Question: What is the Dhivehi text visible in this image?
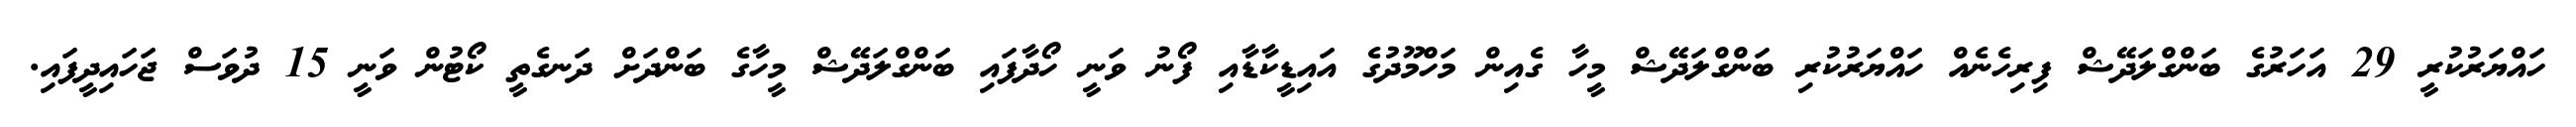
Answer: ހައްޔަރުކުރީ 29 އަހަރުގެ ބަންގްލަދޭޝް ފިރިހެނެއް ހައްޔަރުކުރި ބަންގްލަދޭޝް މީހާ ގެއިން މަހްމޫދުގެ އައިޑީކާޑާއި ފޯނު ވަނީ ހޯދާފައި ބަންގްލަދޭޝް މީހާގެ ބަންދަށް ދަނގެތީ ކޯޓުން ވަނީ 15 ދުވަސް ޖަހައިދީފައި.